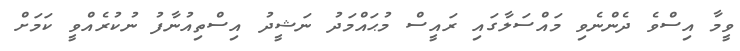
ވީމާ އިސްވެ ދެންނެވި މައްސަލާގައި ރައީސް މުޙައްމަދު ނަޝީދު އިސްތިއުނާފު ނުކުރެއްވީ ކަމަށް